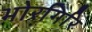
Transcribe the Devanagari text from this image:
भोरगिरि